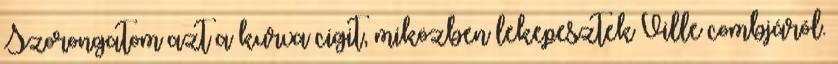
Szorongatom azt a kurva cigit, miközben lekepesztek Ville combjáról.